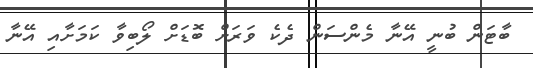
ބާޓަން ބުނީ އޭނާ މެންސަން ދެކެ ވަރަށް ބޮޑަށް ލޯބިވާ ކަމަށާއި އޭނާ